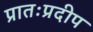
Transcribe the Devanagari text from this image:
प्रातःप्रदीप